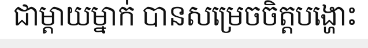
ជាម្តាយម្នាក់ បានសម្រេចចិត្តបង្ហោះ